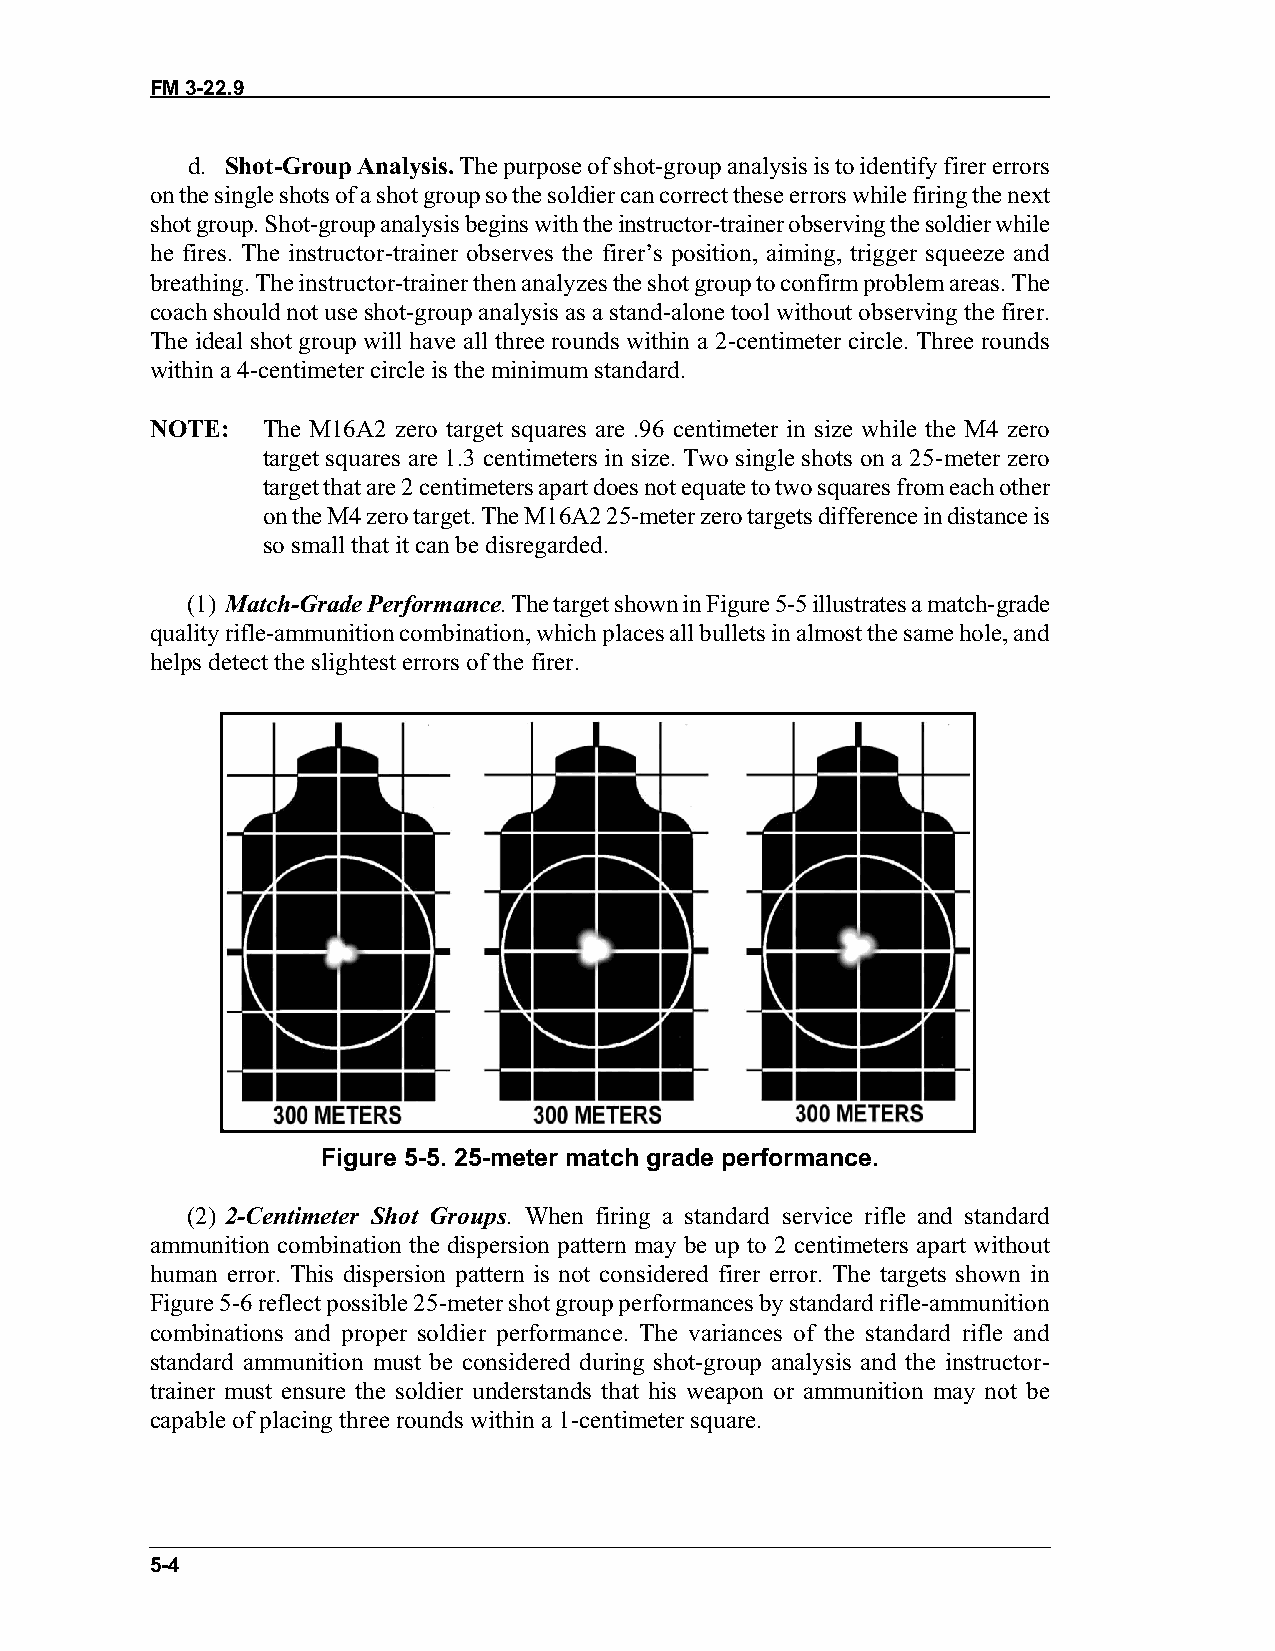
FM 3-22.9
 d. Shot-Group Analysis. The purpose of shot-group analysis is to identify firer errors
 on the single shots of a shot group so the soldier can correct these errors while firing the next
 shot group. Shot-group analysis begins with the instructor-trainer observing the soldier while
 he fires. The instructor-trainer observes the firer’s position, aiming, trigger squeeze and
 breathing. The instructor-trainer then analyzes the shot group to confirm problem areas. The
 coach should not use shot-group analysis as a stand-alone tool without observing the firer.
 The ideal shot group will have all three rounds within a 2-centimeter circle. Three rounds
 within a 4-centimeter circle is the minimum standard.
 NOTE:  The M16A2 zero target squares are .96 centimeter in size while the M4 zero
 target squares are 1.3 centimeters in size. Two single shots on a 25-meter zero
 target that are 2 centimeters apart does not equate to two squares from each other
 on the M4 zero target. The M16A2 25-meter zero targets difference in distance is
 so small that it can be disregarded.
 (1) Match-Grade Performance. The target shown in Figure 5-5 illustrates a match-grade
 quality rifle-ammunition combination, which places all bullets in almost the same hole, and
 helps detect the slightest errors of the firer.
 Figure 5-5. 25-meter match grade performance.
 (2) 2-Centimeter Shot Groups. When firing a standard service rifle and standard
 ammunition combination the dispersion pattern may be up to 2 centimeters apart without
 human error. This dispersion pattern is not considered firer error. The targets shown in
 Figure 5-6 reflect possible 25-meter shot group performances by standard rifle-ammunition
 combinations and proper soldier performance. The variances of the standard rifle and
 standard ammunition must be considered during shot-group analysis and the instructor-
 trainer must ensure the soldier understands that his weapon or ammunition may not be
 capable of placing three rounds within a 1-centimeter square.
 5-4